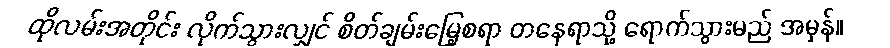
ထိုလမ်းအတိုင်း လိုက်သွားလျှင် စိတ်ချမ်းမြေ့စရာ တနေရာသို့ ရောက်သွားမည် အမှန်။